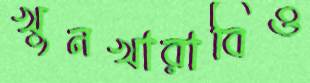
খুনখারাবিও